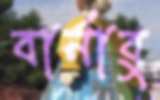
বার্নাবু